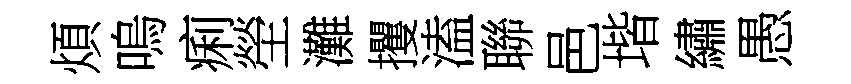
煩嗚痢塋灘攫溘聯邑堦繡愚